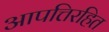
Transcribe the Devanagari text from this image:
आपत्तिरहित